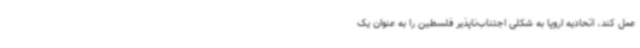
عمل کند، اتحادیه اروپا به شکلی اجتناب‌ناپذیر فلسطین را به عنوان یک